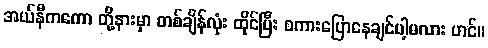
အယ်နီကကော တို့နားမှာ တစ်ချိန်လုံး ထိုင်ပြီး စကားပြောနေချင်ပါ့မလား ဟင်။